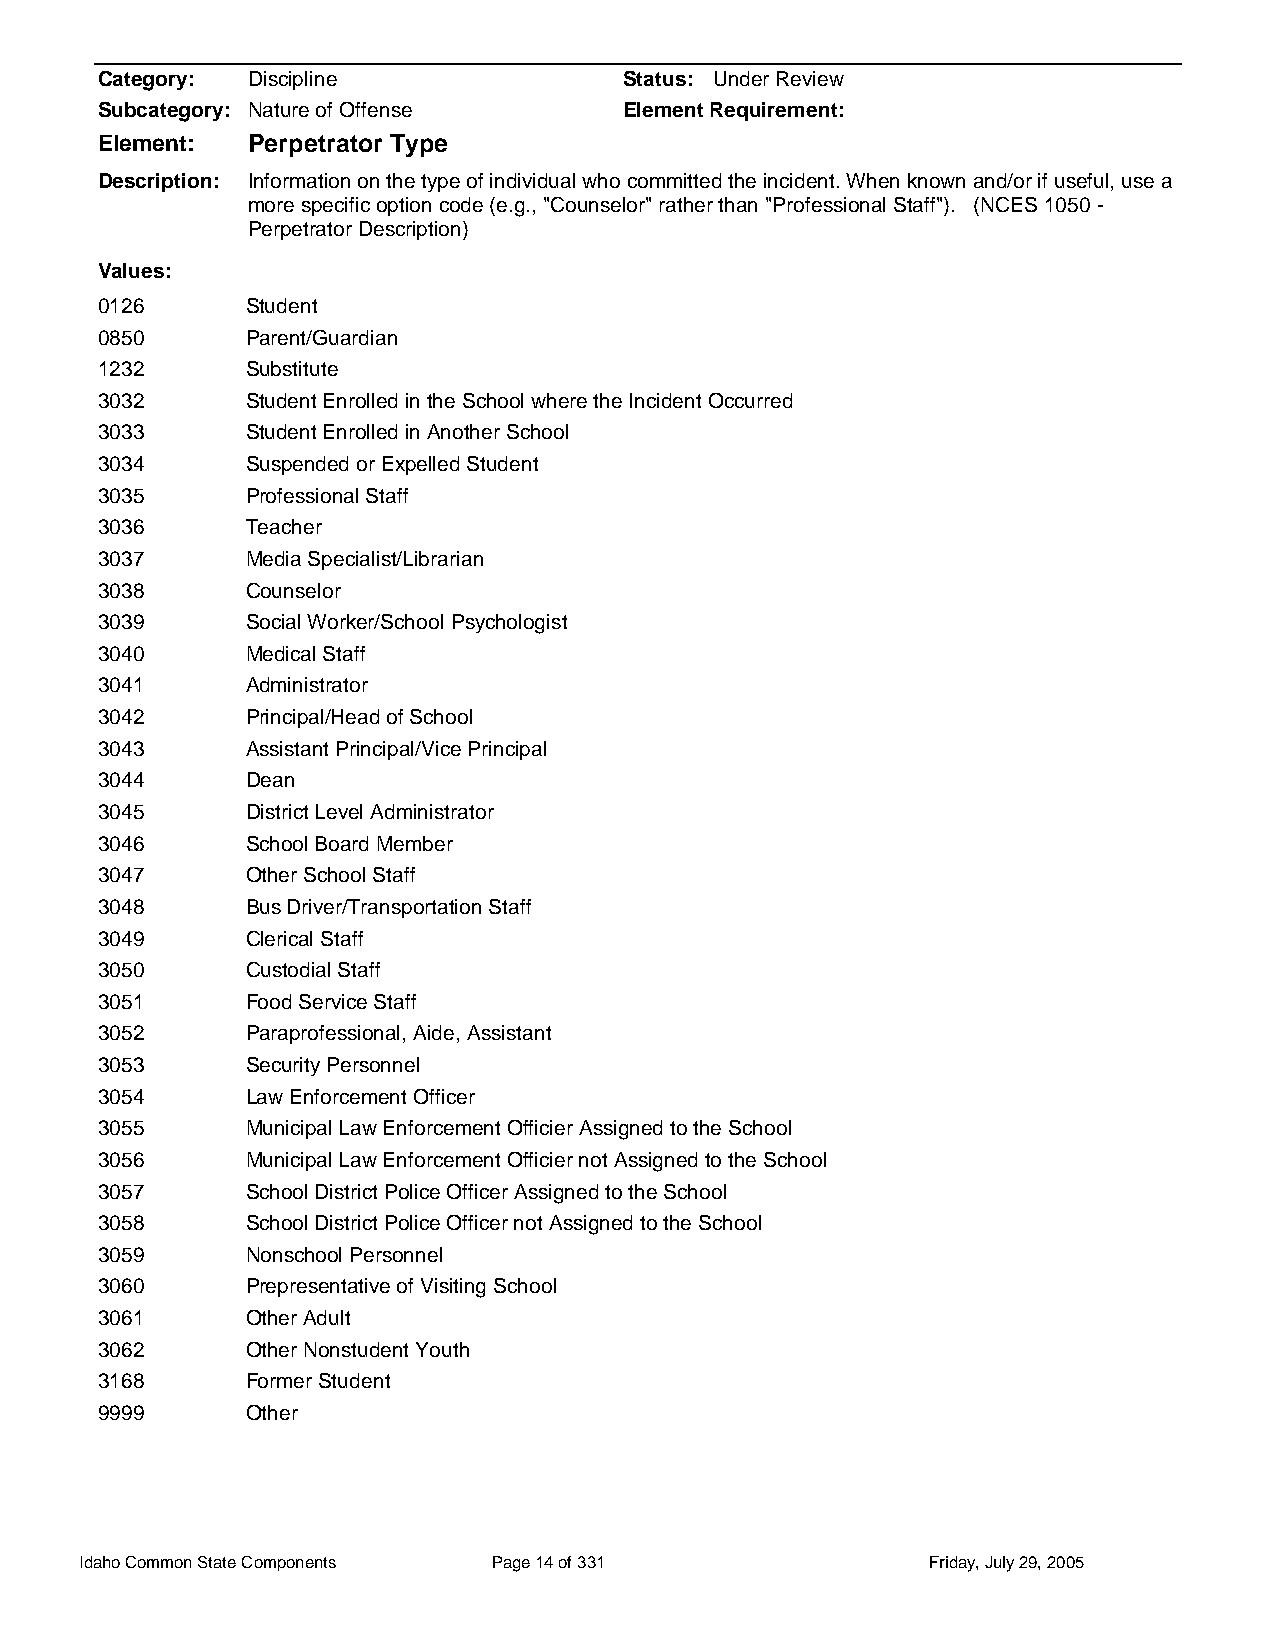
Category: Discipline               Status: Under Review
 Subcategory: Nature of Offense     Element Requirement:
 Element:  Perpetrator Type
 Description: Information on the type of individual who committed the incident. When known and/or if useful, use a
 more specific option code (e.g., "Counselor" rather than "Professional Staff"). (NCES 1050 -
 Perpetrator Description)
 Values:
 0126      Student
 0850      Parent/Guardian
 1232      Substitute
 3032      Student Enrolled in the School where the Incident Occurred
 3033      Student Enrolled in Another School
 3034      Suspended or Expelled Student
 3035      Professional Staff
 3036      Teacher
 3037      Media Specialist/Librarian
 3038      Counselor
 3039      Social Worker/School Psychologist
 3040      Medical Staff
 3041      Administrator
 3042      Principal/Head of School
 3043      Assistant Principal/Vice Principal
 3044      Dean
 3045      District Level Administrator
 3046      School Board Member
 3047      Other School Staff
 3048      Bus Driver/Transportation Staff
 3049      Clerical Staff
 3050      Custodial Staff
 3051      Food Service Staff
 3052      Paraprofessional, Aide, Assistant
 3053      Security Personnel
 3054      Law Enforcement Officer
 3055      Municipal Law Enforcement Officier Assigned to the School
 3056      Municipal Law Enforcement Officier not Assigned to the School
 3057      School District Police Officer Assigned to the School
 3058      School District Police Officer not Assigned to the School
 3059      Nonschool Personnel
 3060      Prepresentative of Visiting School
 3061      Other Adult
 3062      Other Nonstudent Youth
 3168      Former Student
 9999      Other
 Idaho Common State Components Page 14 of 331            Friday, July 29, 2005